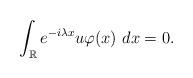
LaTeX: \begin{align*}\int_{\mathbb{R}}e^{-i\lambda x}u\varphi(x)~dx=0.\end{align*}